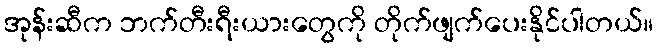
အုန်းဆီက ဘက်တီးရီးယားတွေကို တိုက်ဖျက်ပေးနိုင်ပါတယ်။